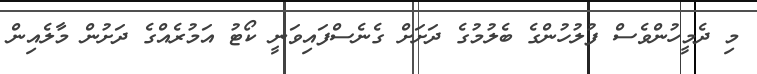
މި ދެމީހުންވެސް ފުލުހުންގެ ބެލުމުގެ ދަށަށް ގެނެސްފައިވަނީ ކޯޓު އަމުރެއްގެ ދަށުން މާލެއިން